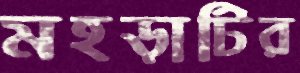
মহড়াটির